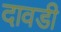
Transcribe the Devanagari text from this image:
दावडी